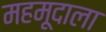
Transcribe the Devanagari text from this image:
महमूदाला